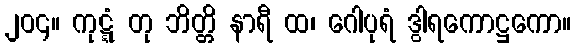
၂၀၄။ ကုဋ္ဋံ တု ဘိတ္တိ နာရီ ထ၊ ဂေါပုရံ ဒွါရကောဋ္ဌကော။